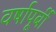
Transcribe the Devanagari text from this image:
वर्षापूर्बी